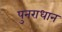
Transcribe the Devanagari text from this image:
पुनराधान